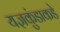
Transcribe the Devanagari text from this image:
यज्ञकुंडाकडे